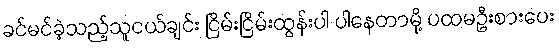
ခင်မင်ခဲ့သည့်သူငယ်ချင်း ငြိမ်းငြိမ်းထွန်းပါ ပါနေတာမို့ ပထမဦးစားပေး